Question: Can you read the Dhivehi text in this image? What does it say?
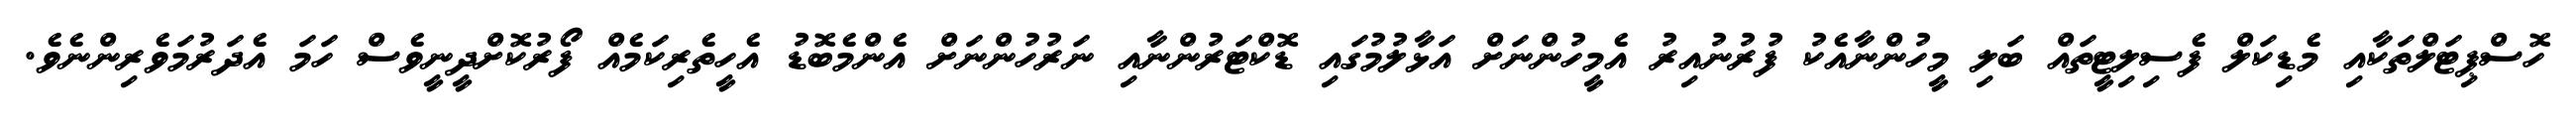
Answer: ހޮސްޕިޓަލްތަކާއި މެޑިކަލް ފެސިލިޓީތައް ބަލި މީހުންނާއެކު ފުރުނުއިރު އެމީހުންނަށް އަޅާލުމުގައި ޑޮކްޓަރުންނާއި ނަރުހުންނަށް އެންމެބޮޑު އެހީތެރިކަމެއް ފޯރުކޮށްދީނީވެސް ހަމަ އެދަރުމަވެރިންނެވެ.